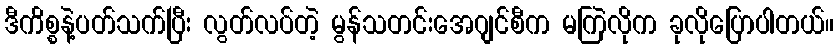
ဒီကိစ္စနဲ့ပတ်သက်ပြီး လွတ်လပ်တဲ့ မွန်သတင်းအေဂျင်စီက မကြဲလိုက ခုလိုပြောပါတယ်။